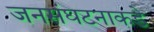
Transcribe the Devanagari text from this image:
जनसंघटनाकडे